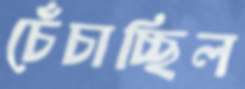
চেঁচাচ্ছিল